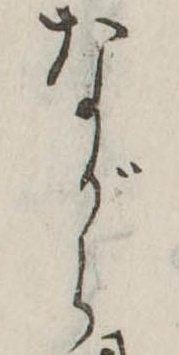
ながら